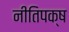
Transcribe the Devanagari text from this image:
नीतिपक्ष